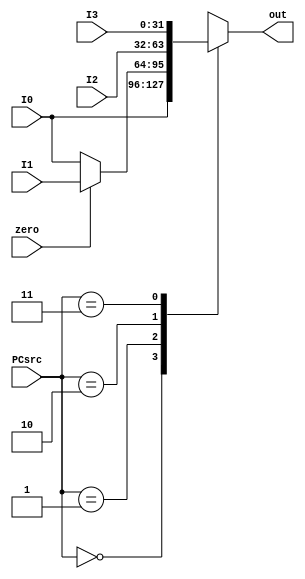
`timescale 1ns/1ns
module MUX3(input [31:0] I0,I1,I2,I3,input [1:0] PCsrc,input zero , output reg [31:0] out);
always@(I0,I1,I2,I3,PCsrc,zero) begin
	case(PCsrc)
		2'b00: out <= I0;
		2'b01: out <= (zero)?I1 : I0;
		2'b10: out <= I2;
		2'b11: out <= I3;
		default: out <= 32'b0;
	endcase
end
endmodule